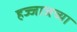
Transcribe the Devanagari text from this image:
हज्जाजच्या